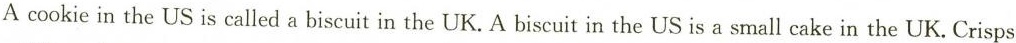
A cookie in the US is called a biscuit in the UK. A biscuit in the USis a small cake in the UK. Crisps